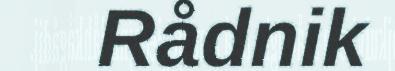
Rådnik